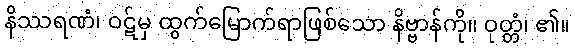
နိဿရဏံ၊ ဝဋ်မှ ထွက်မြောက်ရာဖြစ်သော နိဗ္ဗာန်ကို။ ဝုတ္တံ၊ ၏။